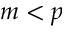
m < p